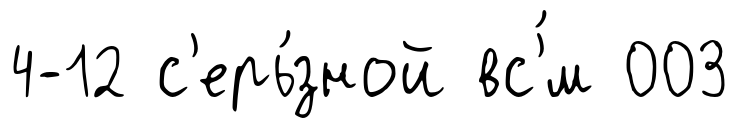
4-12 с'ерь́зной вс'́м 003